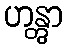
ဟန္တွာ